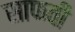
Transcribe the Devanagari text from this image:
साफवी